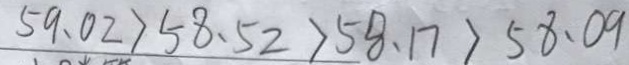
5 9 . 0 2 > 5 8 . 5 2 > 5 8 . 1 7 > 5 8 . 0 9